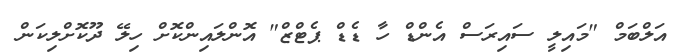
އަލްބަމް "މައިލީ ސައިރަސް އެންޑް ހާ ޑެޑް ޕެޓްޒް" އޮންލައިންކޮށް ހިލޭ ދޫކޮށްލިކަން